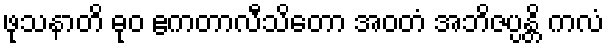
ဖုသနာတိ ဓုဝ ဧကတာလီသိတော အဝတံ အဘိဇပ္ပန္တိ ကလံ